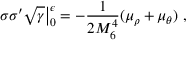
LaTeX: \sigma \sigma ^ { \prime } \sqrt { \gamma } \big | _ { 0 } ^ { \epsilon } = - \frac { 1 } { 2 M _ { 6 } ^ { 4 } } ( \mu _ { \rho } + \mu _ { \theta } ) ~ ,